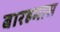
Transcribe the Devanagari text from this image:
बारहमास